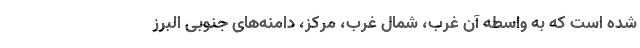
شده است که به واسطه آن غرب، شمال غرب، مرکز، دامنه‌های جنوبی البرز